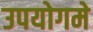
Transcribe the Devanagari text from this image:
उपयोगमे